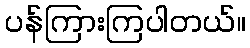
ပန်ကြားကြပါတယ်။